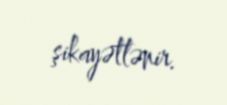
şikayətlənir.